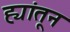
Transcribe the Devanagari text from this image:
ह्यांतून